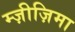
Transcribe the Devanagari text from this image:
म्ज़ीज़िमा